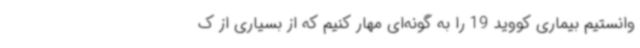
وانستیم بیماری کووید 19 را به گونه‌ای مهار کنیم که از بسیاری از ک